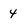
Character: 4